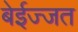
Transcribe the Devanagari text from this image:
बेईज्जत